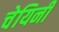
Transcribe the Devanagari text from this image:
चेयिनी